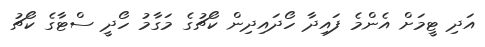
އަދި ޓީމަށް އެންމެ ފައިދާ ހޯދައިދިން ކޯޗުގެ މަގާމު ހޯދީ ސްޓާގެ ކޯޗު